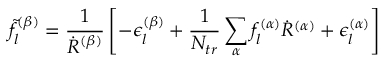
\tilde { f } _ { l } ^ { ( \beta ) } = \frac { 1 } { \dot { R } ^ { ( \beta ) } } \left[ - \epsilon _ { l } ^ { ( \beta ) } + \frac { 1 } { N _ { t r } } \sum _ { \alpha } f _ { l } ^ { ( \alpha ) } \dot { R } ^ { ( \alpha ) } + \epsilon _ { l } ^ { ( \alpha ) } \right]